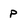
Character: P